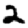
Digit: 2